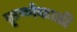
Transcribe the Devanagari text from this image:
कृष्णेकाठी